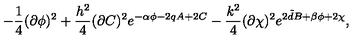
- \frac { 1 } { 4 } ( \partial \phi ) ^ { 2 } + \frac { h ^ { 2 } } { 4 } ( \partial C ) ^ { 2 } e ^ { - \alpha \phi - 2 q A + 2 C } - \frac { k ^ { 2 } } { 4 } ( \partial \chi ) ^ { 2 } e ^ { 2 { \tilde { d } } B + \beta \phi + 2 \chi } ,